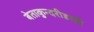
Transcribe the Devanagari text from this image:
बेताकुन्दरीडाही